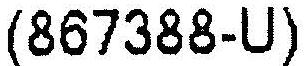
(867388-U)